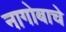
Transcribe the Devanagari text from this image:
नागोबाचे